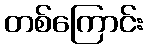
တစ်ကြောင်း